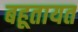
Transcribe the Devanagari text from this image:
बहूतायत